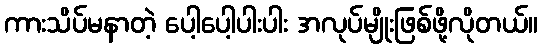
ကားသိပ်မနာတဲ့ ပေါ့ပေါ့ပါးပါး အလုပ်မျိုးဖြစ်ဖို့လိုတယ်။